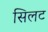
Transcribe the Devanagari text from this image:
सिलट